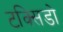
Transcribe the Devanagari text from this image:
टक्सिडो